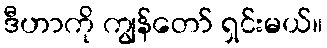
ဒီဟာကို ကျွန်တော် ရှင်းမယ်။